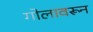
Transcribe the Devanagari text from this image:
गोलावरून